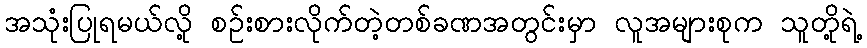
အသုံးပြုရမယ်လို့ စဉ်းစားလိုက်တဲ့တစ်ခဏအတွင်းမှာ လူအများစုက သူတို့ရဲ့